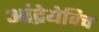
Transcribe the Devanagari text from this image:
आंद्रेयेविच